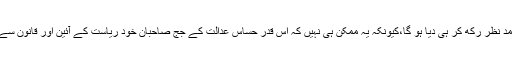
عدالتِ عالیہ نے ظاہر ہے یہ فیصلہ آئین اور قانون کو مدِ نظر رکھ کر ہی دیا ہو گا،کیونکہ یہ ممکن ہی نہیں کہ اس قدر حساس عدالت کے جج صاحبان خود ریاست کے آئین اور قانون سے بالاتر ہو کر اس قدر انتہائی اہم فیصلہ کر سکتے ہیں۔